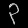
Digit: ၃